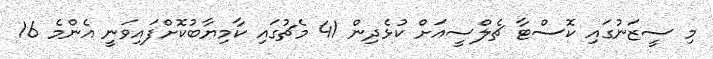
މި ސީޒަނުގައި ކޮސްޓާ ޗެލްސީއަށް ކުޅެދިން 41 މެޗުގައި ކާމިޔާބުކޮށްފައިވަނީ އެންމެ 16